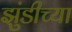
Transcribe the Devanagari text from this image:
झुंडीच्या